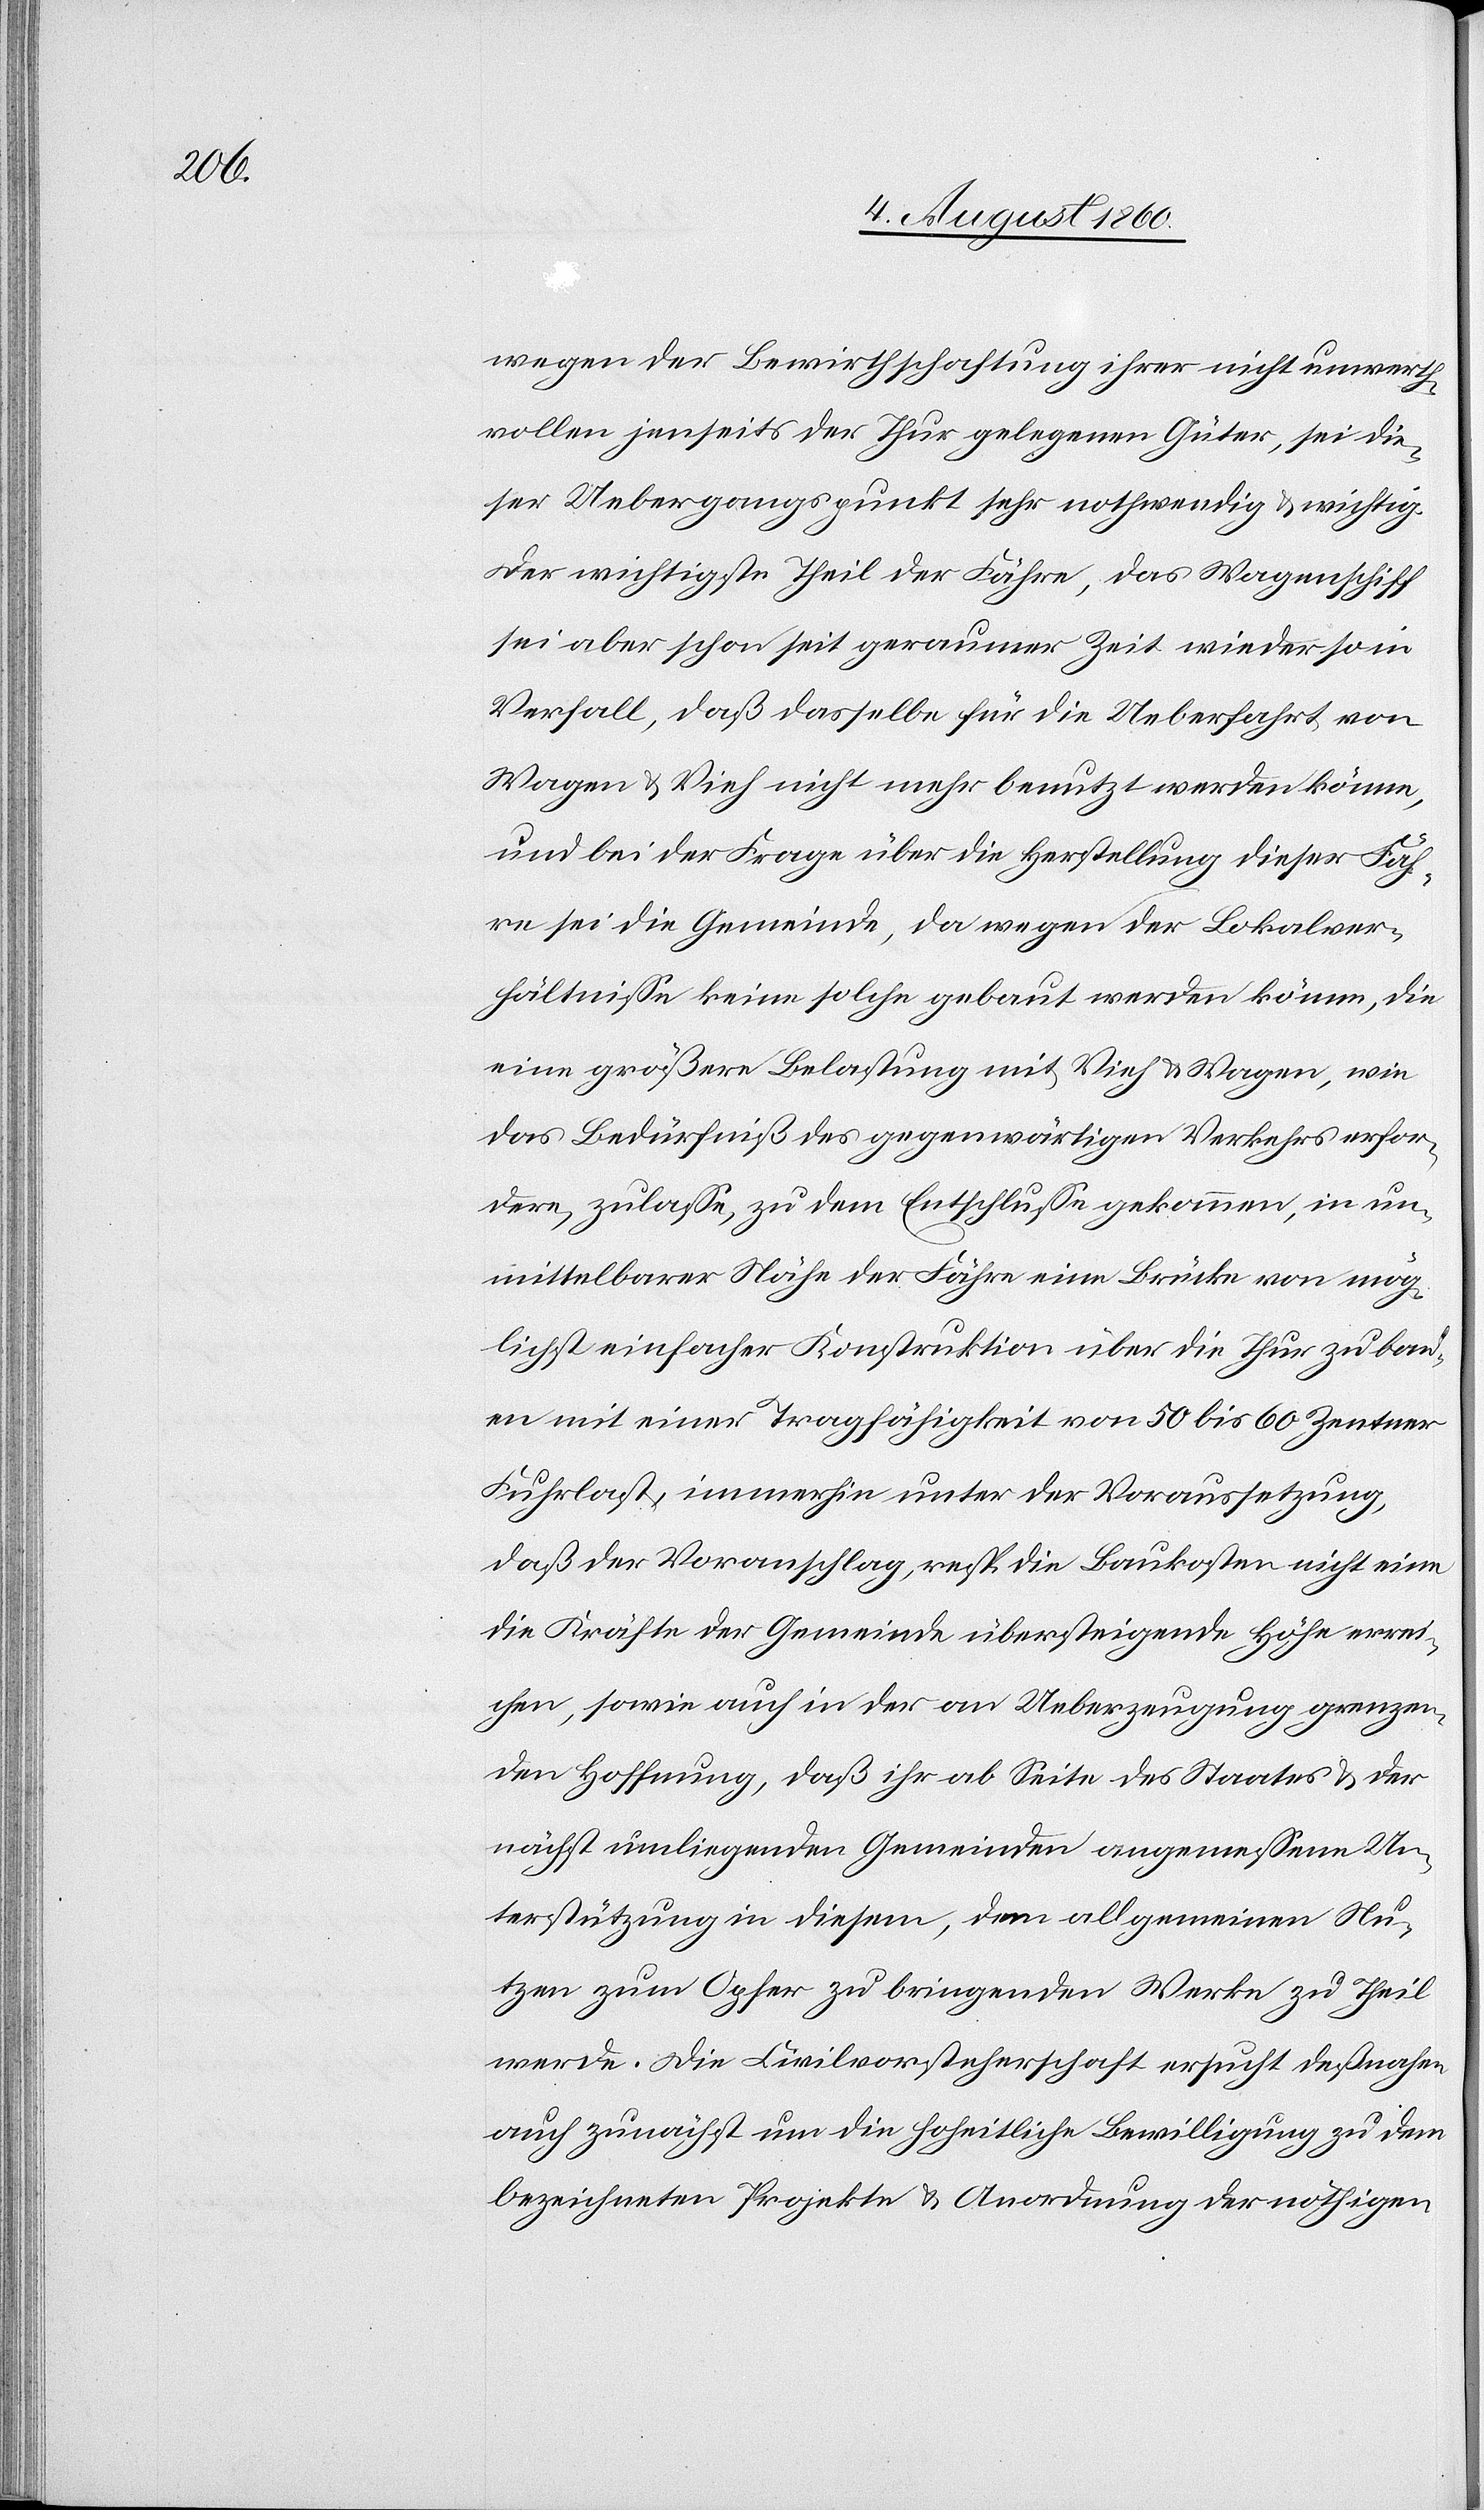
wegen der Bewirthschaftung ihrer nicht unwerth¬
vollen jenseits der Thur gelegenen Güter, sei die¬
ser Uebergangspunkt sehr nothwendig und wichtig.
Der wichtigste Theil der Fähre, das Wagenschiff,
sei aber schon seit geraumer Zeit wieder so
Verfall, dass dasselbe für die Ueberfahrt von
Wagen und Vieh nicht mehr benutzt werden könne,
und bei der Frage über die Herstellung dieser Fäh¬
re sei die Gemeinde, da wegen der Lokalver¬
hältnisse keine solche gebaut werden könne, die
eine grössere Belastung mit Vieh und Wagen, wie
das Bedürfniss der gegenwärtigen Verkehrs erfor¬
dern zulasse, zu dem Entschlusse gekommen, in un¬
mittelbarer Nähe der Fähre eine Brücke von mög¬
lichst einfacher Konstruktion über die Thur zu bau¬
en mit einer Tragfähigkeit von 50 bis 60 Centner
Fuhrlast, immerhin unter der Voraussetzung,
dass der Voranschlag, resp. die Baukosten nicht eine
die Kräfte der Gemeinde übersteigende Höhe errei¬
chen, sowie auch in der an Ueberzeugung grenzen¬
den Hoffnung, dass ihr ab Seite des Staates und der
nächst umliegenden Gemeinden angemessene Un¬
terstützung in diesem, dem allgemeinen Nu¬
zen zum Opfer zu bringenden Werke, zu Theil
werde, die Civilvorsteherschaft ersucht desnahen
auch zunächst um die hoheitliche Bewilligung zu dem
bezeichneten Projekte und Anordnung der nöthigen